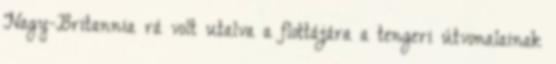
Nagy-Britannia rá volt utalva a flottájára a tengeri útvonalainak